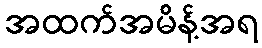
အထက်အမိန့်အရ